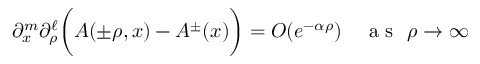
\begin{array} { r } { \partial _ { x } ^ { m } \partial _ { \rho } ^ { \ell } \bigg ( A ( \pm \rho , x ) - A ^ { \pm } ( x ) \bigg ) = O ( e ^ { - \alpha \rho } ) \quad \mathrm { ~ a ~ s ~ } ~ \rho \rightarrow \infty } \end{array}